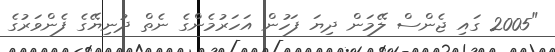
"2005 ގައި ޖެންސް ލޭމަން ދިޔަ ފަހުން އަހަރުމެންގެ ނެތް ދުނިޔޭގެ ފެންވަރުގެ